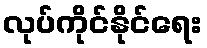
လုပ်ကိုင်နိုင်ရေး